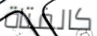
كالفتاة